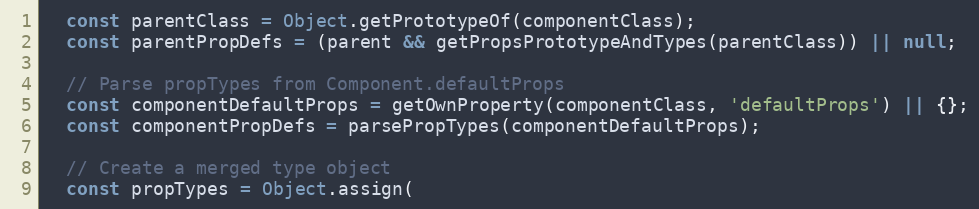
Language: JavaScript
  const parentClass = Object.getPrototypeOf(componentClass);
  const parentPropDefs = (parent && getPropsPrototypeAndTypes(parentClass)) || null;

  // Parse propTypes from Component.defaultProps
  const componentDefaultProps = getOwnProperty(componentClass, 'defaultProps') || {};
  const componentPropDefs = parsePropTypes(componentDefaultProps);

  // Create a merged type object
  const propTypes = Object.assign(